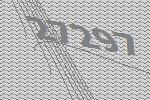
27297